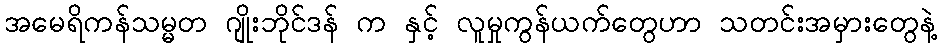
အမေရိကန်သမ္မတ ဂျိုးဘိုင်ဒန် က နှင့် လူမှုကွန်ယက်တွေဟာ သတင်းအမှားတွေနဲ့